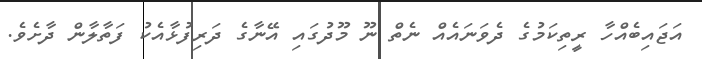
އަޖައިބެއްހާ ރީތިކަމުގެ ދެވަނައެއް ނެތް ނޫ މޫދުގައި އޭނާގެ ދަރިފުޅާއެކު ފަތާލާން ދާށެވެ.